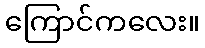
ကြောင်ကလေး။